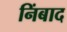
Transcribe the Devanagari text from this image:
निंबाद